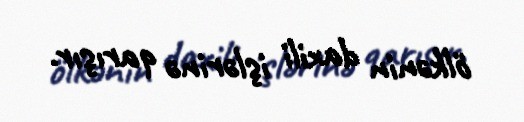
ölkənin daxili işlərinə qarışır.